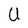
Character: U